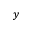
y